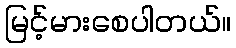
မြင့်မားစေပါတယ်။